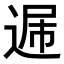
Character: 𨓠